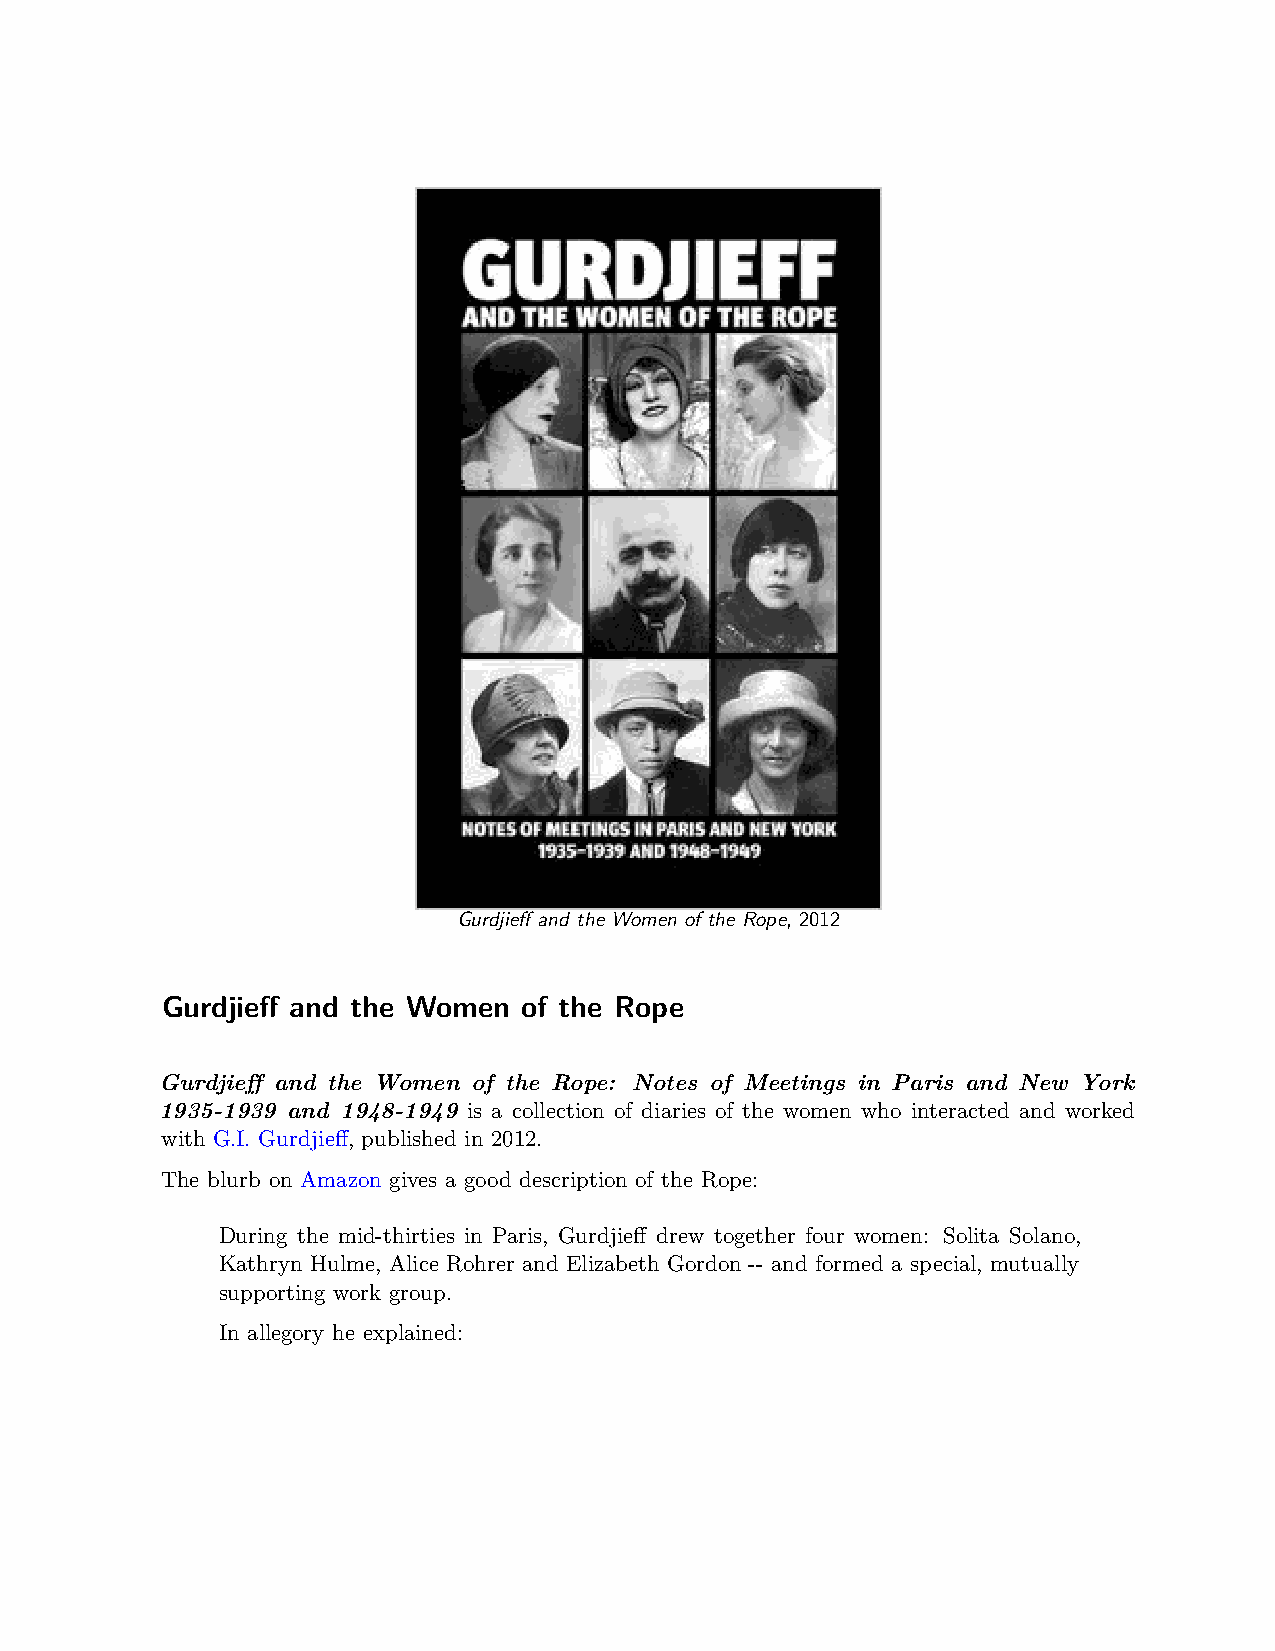
Gurdjieff and the Women of the Rope, 2012
 Gurdjieff and the Women of the Rope
 Gurdjieff and the Women of the Rope: Notes of Meetings in Paris and New York
 1935-1939 and 1948-1949 is a collection of diaries of the women who interacted and worked
 with G.I. Gurdjieff, published in 2012.
 The blurb on Amazon gives a good description of the Rope:
 During the mid-thirties in Paris, Gurdjieff drew together four women: Solita Solano,
 Kathryn Hulme, Alice Rohrer and Elizabeth Gordon -- and formed a special, mutually
 supporting work group.
 In allegory he explained: